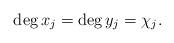
LaTeX: \begin{align*}\deg x_j = \deg y_j = \chi_j.\end{align*}